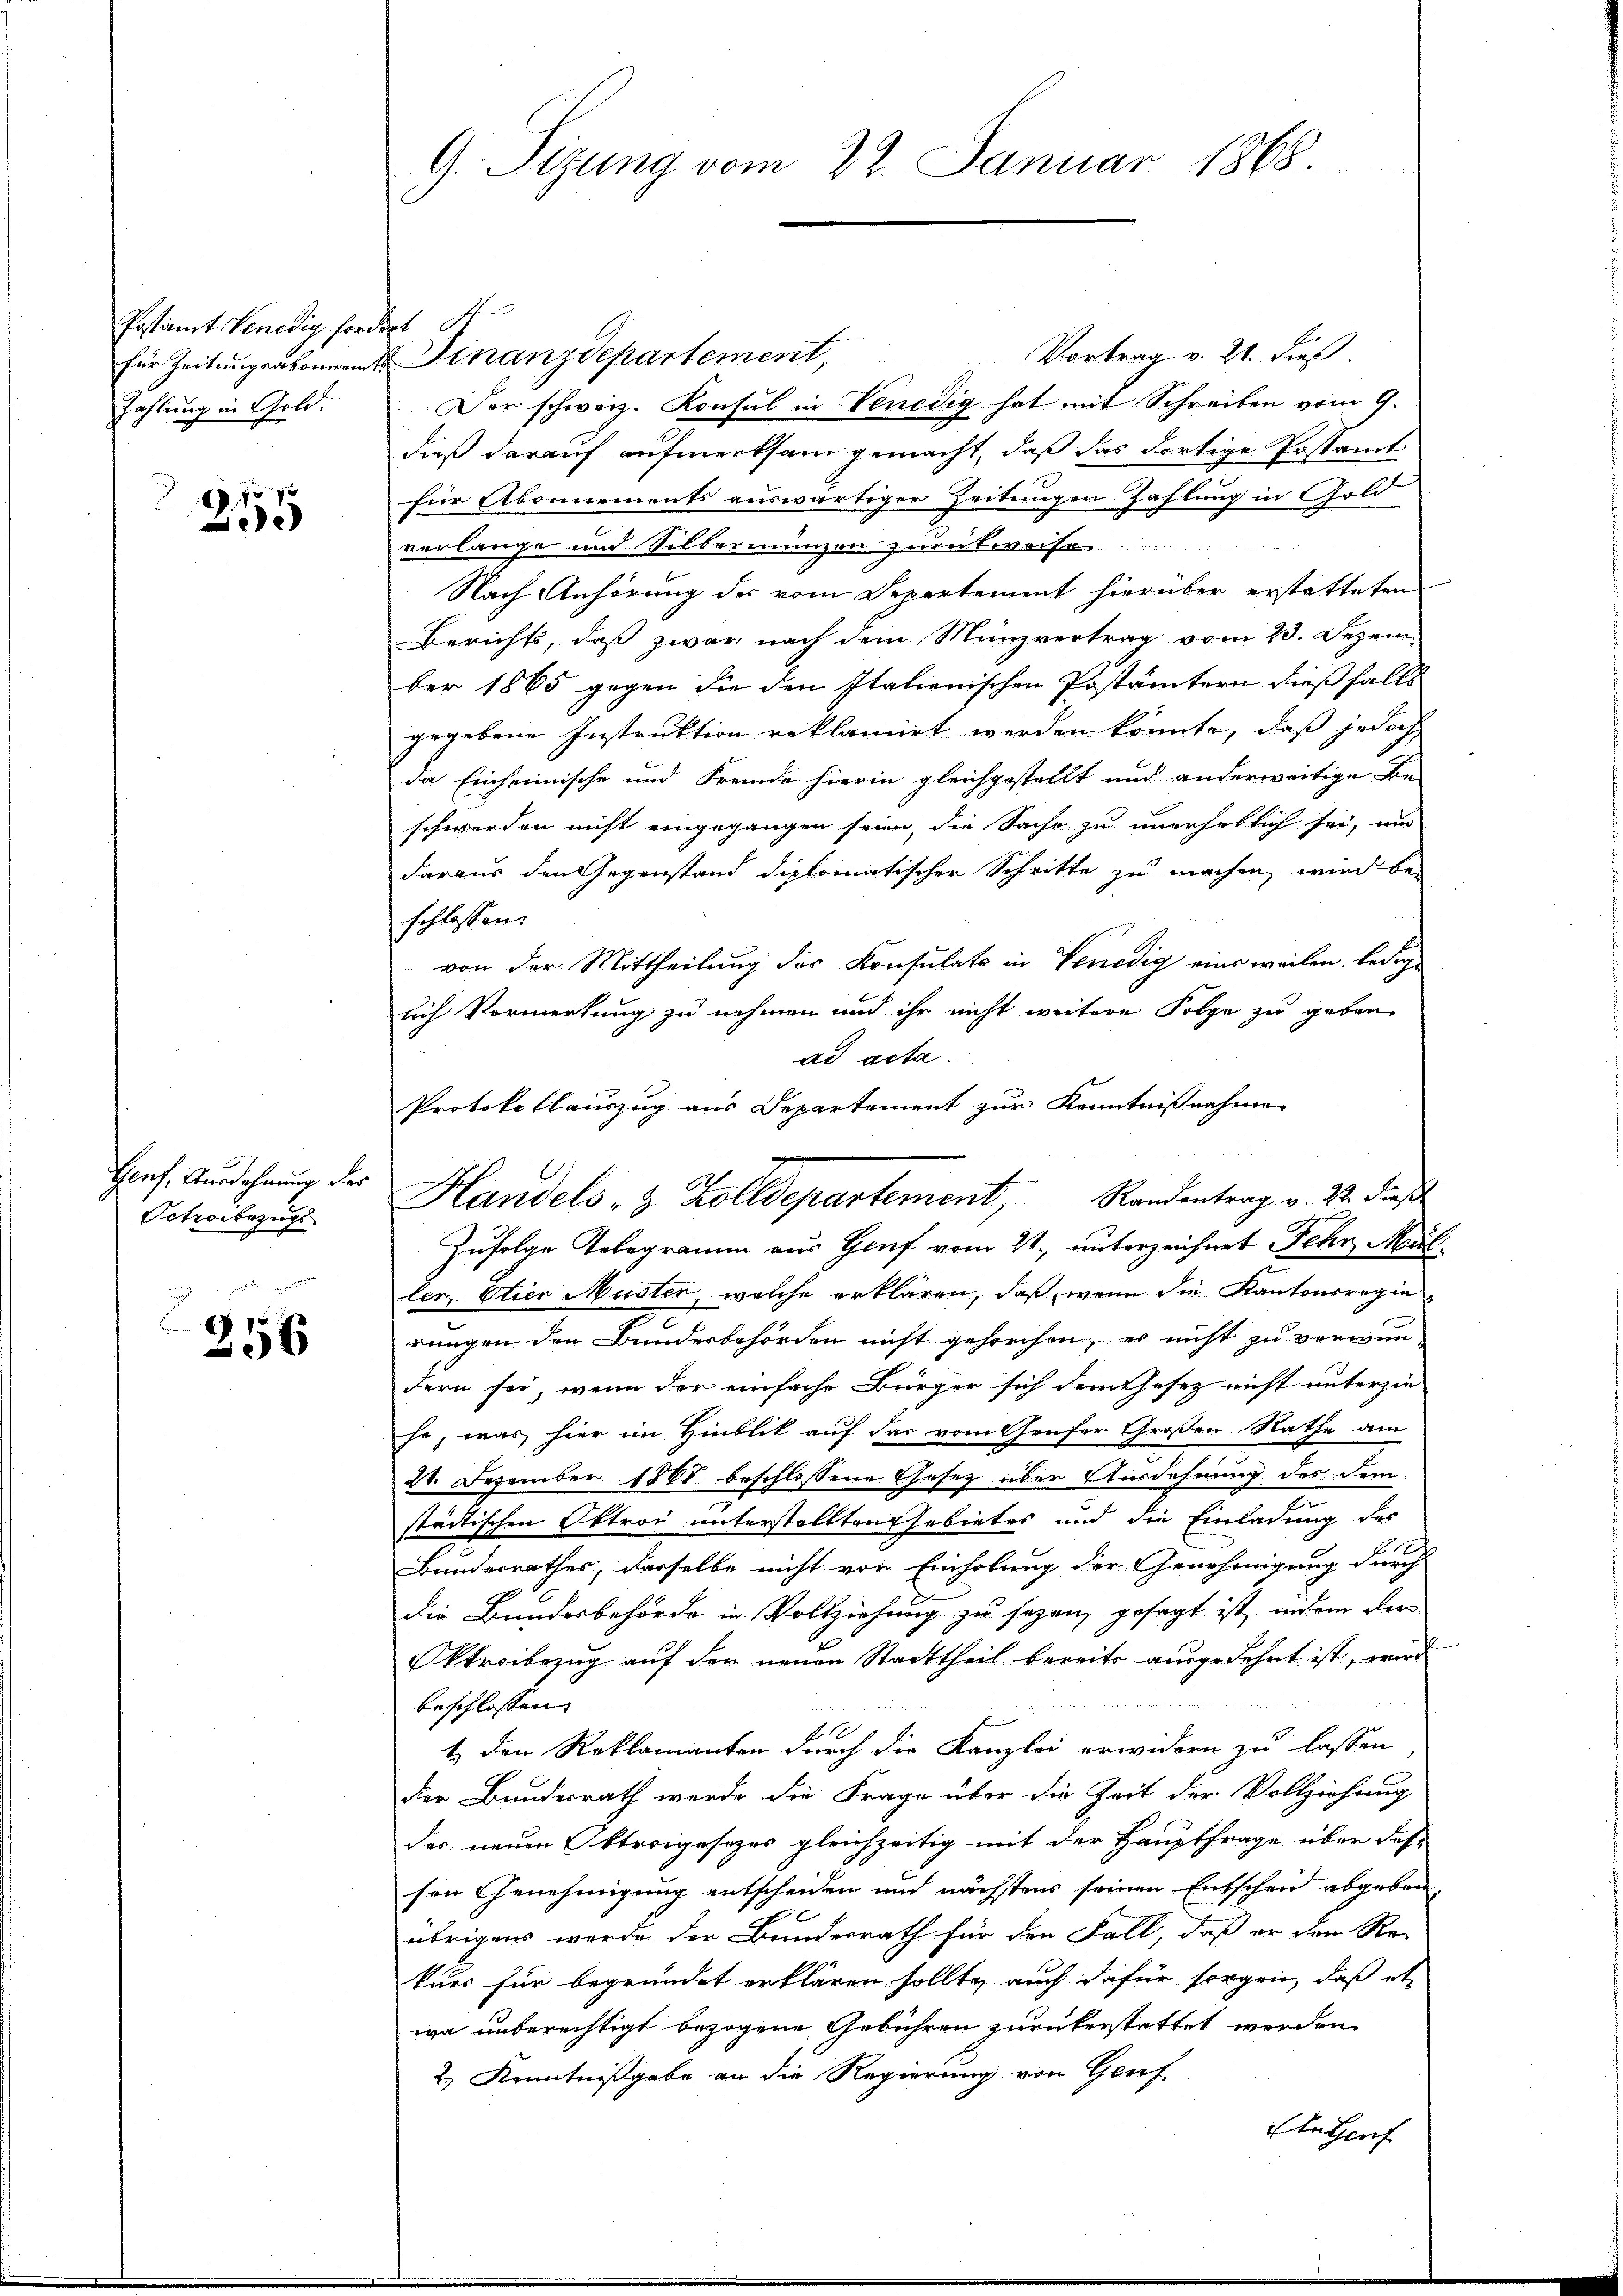
Postamt Venedig fordert
Zahlung in Gold.

15 x
ee

Heif, Ausdehnung des
Sctrobezugs

256

G. Sizung vom 22. Januar 1868.

Vortrag v. 21. dieß
Der schweiz. Konsul in Venedig hat mit Schreiben vom 9.
dieß darauf aufmerksam gemacht, daß das dortige Postamt
für Abonnements auswärtiger Zeitungen Zahlung in Gold
verlange und Silbermangen zurükweise
Nach Anhörung des vom Separtement hierüber erstatteten
Berichts, daß zwar nach dem Münzvertrag vom 23. Dezem
ber 1865 gegen die den Italienischen Postämtern dießfalls
gegebene Instruktion reklamirt werden könnte, daß jedoch
da Einheimische und Fremde hierin gleichgestellt und anderweitige Re-
schwerden nicht eingegangen seien, die Sache zu unerheblich sei, um
daraus den Gegenstand diplomatischer Schritte zu machen, wird be-
schlossen:
von der Mittheilung des Konsulats in Venedig eins weilen, ledige
uch Vormerkung zu nehmen und ihr nicht weitere Folge zu geben
ad acta.
Protokollauszug aus Departement zur Kenntnißnahme
Zufolge Telegramm aus Gruf vom 21. unterzeichnet Fehr Müller Etien Muster, welche erklären, daß wenn die Kantonsregierungen den Bundesbehörden nicht gesorchen, es nicht zu verwundern sei, wenn der einfache Bürger sich dem Gesetz nicht unterzie
he, was hier im Hinblik auf das vom Genfer Großen Rathe am
24. Dezember 1868 beschlossene Gesetz über Ausdehnung des dem
städtischen Oktroi unterstellten Ehebietes und die Einladung des
1
Bunderrathes, derselbe nicht von Einholung der Genehmigung durch
die Bundesbehörde in Vollziehung zu sagen, gesagt ist, indem der
Streibezug auf den neuen Stadttheil bereits ausgedehnt ist, wird
d
beschlossen
1, den Reklamanten durch die Kanzlei erwidern zu lassen
der Bundesrath werde die Frage über die Zeit der Vollziehung
des neuen Oktroigesezes gleichzeitig mit der Hauptfrage über des
sen Genehmigung entscheiden und nächstens seinen Entschein abgeben,
übrigen werde der Bundesrath für den Fall, daß er den Re-
kurs für begründet erklären sollte, auch dafür sorgen, daß et
wa unberechtigt bezogene Gebühren zurükerstattet werden.
2.) Kenntnißgabe an die Regierung von Genf
Ite Hauf

für Zeitung abonnent Finanzdepartement,

Handels- & Zolldepartement, Randentrag v. 21. dieß